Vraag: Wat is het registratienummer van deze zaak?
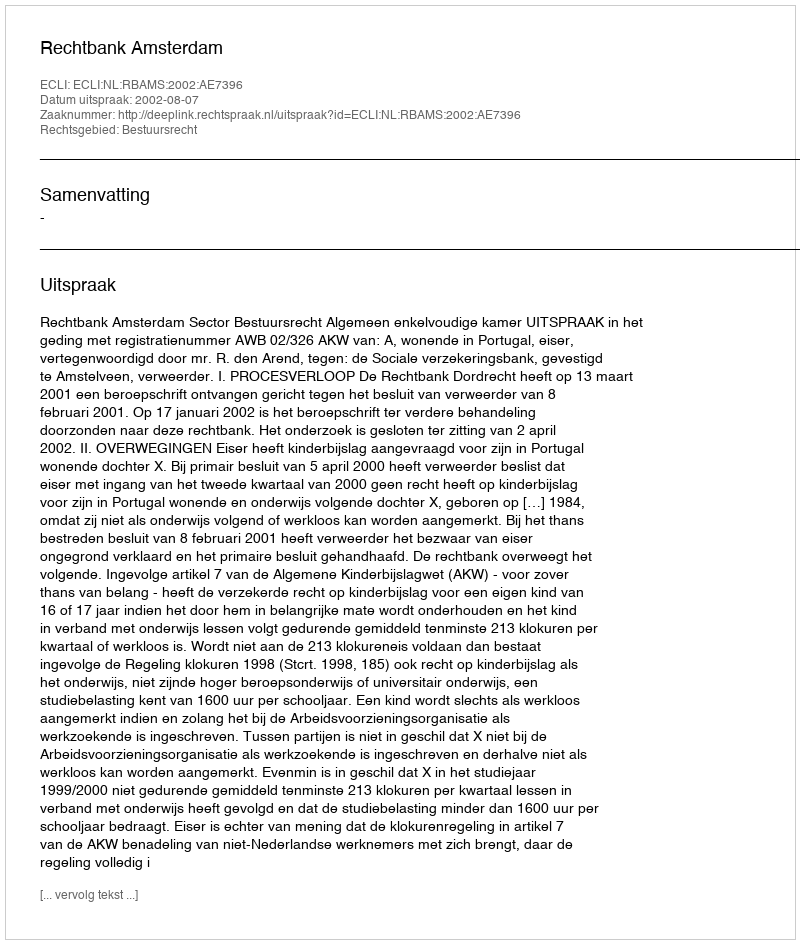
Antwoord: http://deeplink.rechtspraak.nl/uitspraak?id=ECLI:NL:RBAMS:2002:AE7396